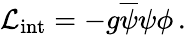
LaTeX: {\cal\mathcal{L}}_{\mathrm{{int}}}=-g\overline{{{{\psi}}}}\psi\phi\, .